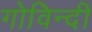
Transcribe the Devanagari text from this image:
गोविन्दी